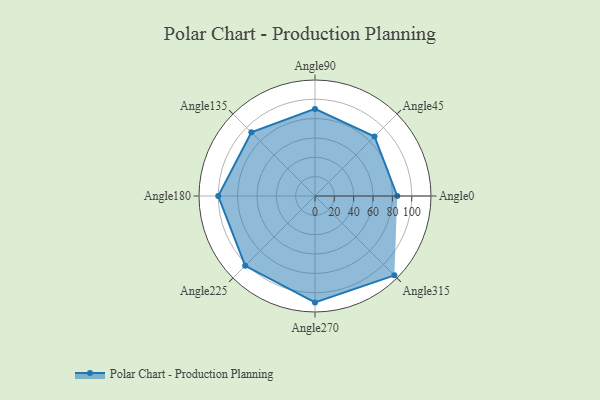
{"axis": {"x": "Angle", "y": "Radius"}, "legend": [""], "data": [{"x": "Angle0", "y": 85.0, "type": ""}, {"x": "Angle45", "y": 87.0, "type": ""}, {"x": "Angle90", "y": 90.0, "type": ""}, {"x": "Angle135", "y": 93.0, "type": ""}, {"x": "Angle180", "y": 100.0, "type": ""}, {"x": "Angle225", "y": 102.0, "type": ""}, {"x": "Angle270", "y": 110.0, "type": ""}, {"x": "Angle315", "y": 116.0, "type": ""}]}